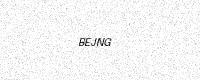
Text: BEJNG